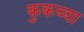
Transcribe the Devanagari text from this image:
कुकच्या